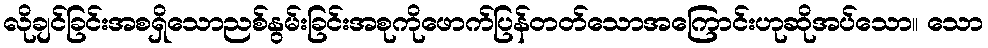
လိုချင်ခြင်းအစရှိသောညစ်နွမ်းခြင်းအစုကိုဖောက်ပြန်တတ်သောအကြောင်းဟုဆိုအပ်သော။ သော